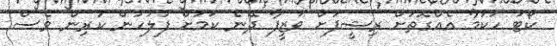
ކޯޓު ހުކުމާ އެއްގޮތަށް ރިޝީފަށް ވަޒީފާ ދޭނެ ކަމަށް ފުލުުހުން ކުރިން ވެސް